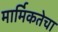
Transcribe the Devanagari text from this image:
मार्मिकतेचा